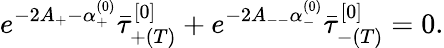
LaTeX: e^{-2A_{+}-\alpha_{+}^{(0)}}\bar{\tau}_{+(T)}^{[0]}+e^{-2A_{--}\alpha_{-}^{(0)}}\bar{\tau}_{-(T)}^{[0]}=0.